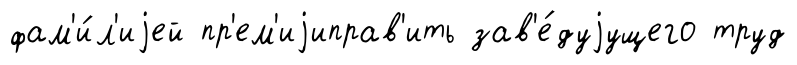
фам'и́л'иjей пр'ем'иjиправ'ить зав'е́дуjущего труд